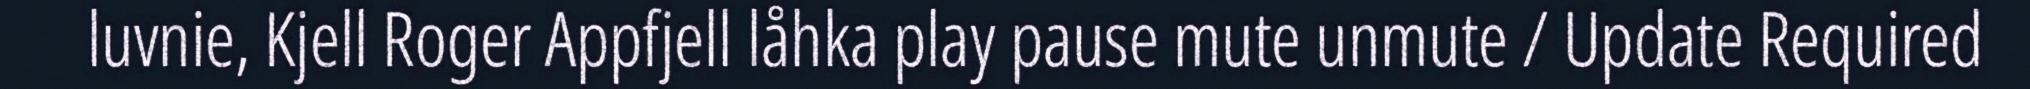
luvnie, Kjell Roger Appfjell låhka play pause mute unmute / Update Required